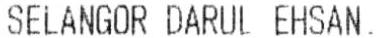
SELANGOR DARUL EHSAN.